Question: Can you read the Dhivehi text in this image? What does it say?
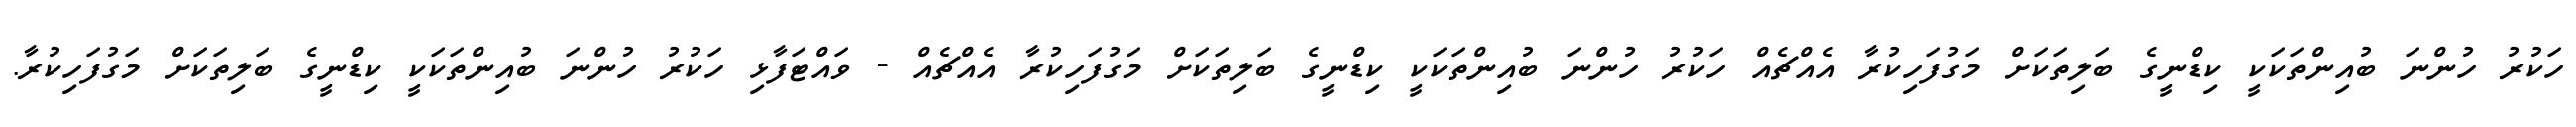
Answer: ހަކުރު ހުންނަ ބުއިންތަކަކީ ކިޑްނީގެ ބަލިތަކަށް މަގުފަހިކުރާ އެއްޗެއް ހަކުރު ހުންނަ ބުއިންތަކަކީ ކިޑްނީގެ ބަލިތަކަށް މަގުފަހިކުރާ އެއްޗެއް - ވައްޓަފާޅި ހަކުރު ހުންނަ ބުއިންތަކަކީ ކިޑްނީގެ ބަލިތަކަށް މަގުފަހިކުރާ.